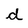
Character: d